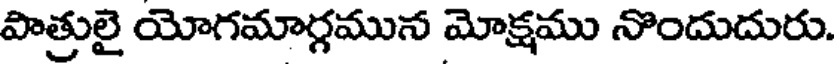
పాత్రులై యోగమార్గమున మోక్షము నొందుదురు.